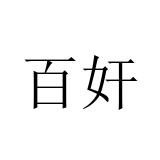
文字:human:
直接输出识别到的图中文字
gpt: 百奸